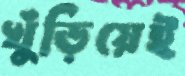
খুঁড়িয়েই